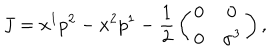
LaTeX: J = x ^ { 1 } p ^ { 2 } - x ^ { 2 } p ^ { 1 } - { \frac { 1 } { 2 } } \left( \begin{matrix} { { 0 } } & { { 0 } } \\ { { 0 } } & { { \sigma ^ { 3 } } } \\ \end{matrix} \right) ,